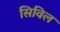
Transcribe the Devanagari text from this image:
सिविल